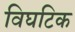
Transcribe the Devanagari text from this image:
विघटिक